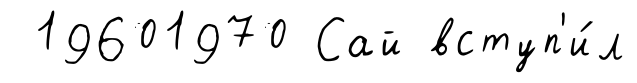
19601970 Сай вступ'и́л